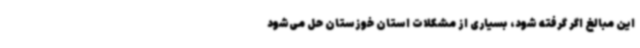
این مبالغ اگر گرفته شود، بسیاری از مشکلات استان خوزستان حل می‌شود